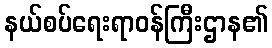
နယ်စပ်ရေးရာဝန်ကြီးဌာန၏